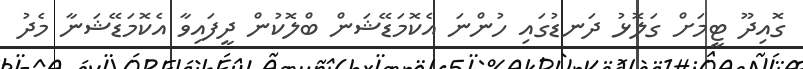
ގޮއިދޫ ޓީމަށް ގަލޮޅު ދަނޑުގައި ހުންނަ އެކޮމަޑޭޝަން ބްލޮކުން ދީފައިވާ އެކޮމަޑޭޝަނާ މެދު